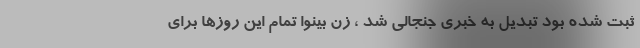
ثبت شده بود تبدیل به خبری جنجالی شد ، زن بینوا تمام این روزها برای